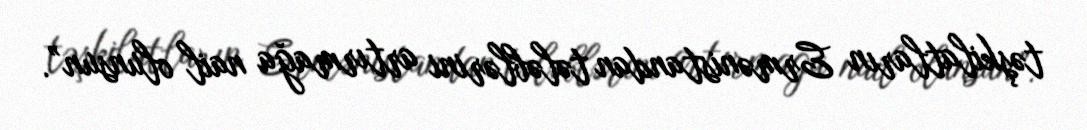
təşkilatların Ermənistandan tələblərini artırmağa nail olunsun”.